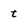
Character: t